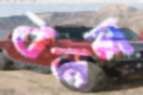
বলল